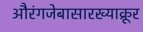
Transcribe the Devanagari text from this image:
औरंगजेबासारख्याक्रूर